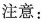
注意: